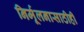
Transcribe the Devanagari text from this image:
निर्मूलनासाठीही